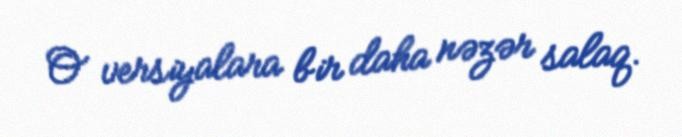
O versiyalara bir daha nəzər salaq.